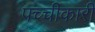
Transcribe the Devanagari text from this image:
पच्‍चीकारी